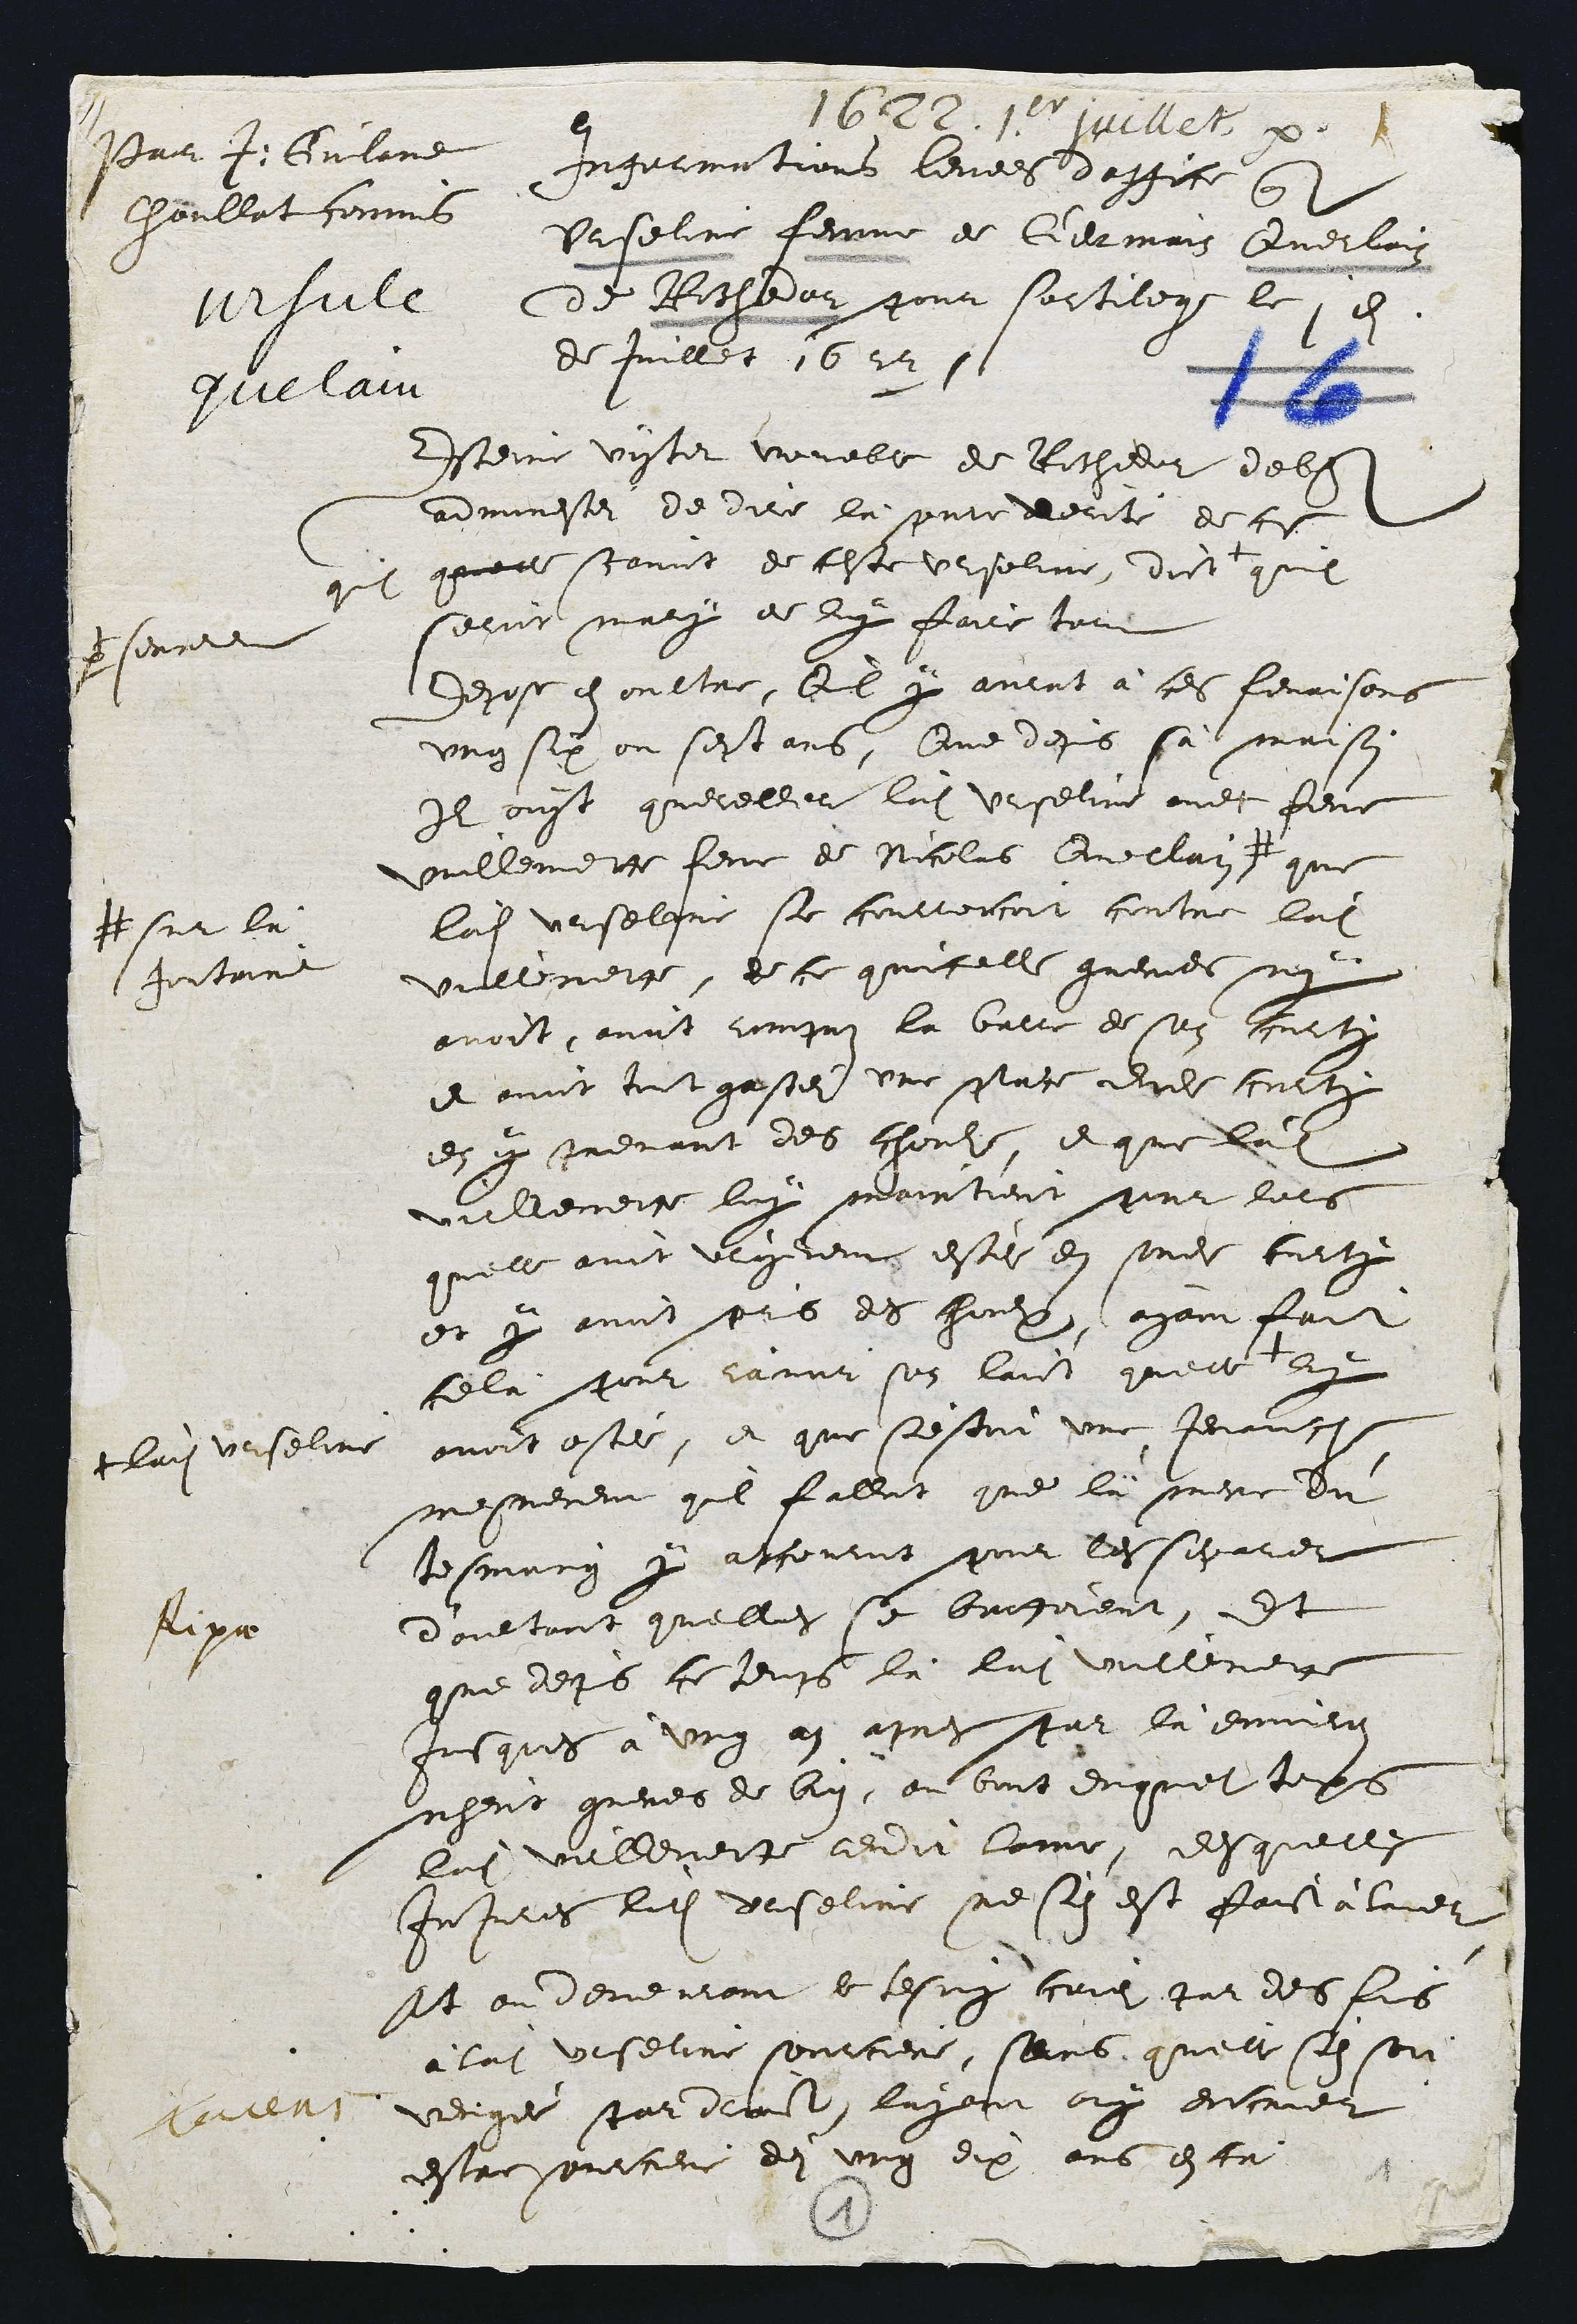
Pais J. Gulane
houllat commis
ursule
juelain

1622. 11r juillet
Ingerinntions levees deffite con
Urseline femme de Germais Querlain
de Richedar pour sortilege le 1d
de Juillet 1622.

Esterie vistet voueble de Richeder debs
adminestez de dire la presentedente de cs
qu quort scaviit de ceste Urseline, dict
prsonne
qul
Cornit mary de luy faice tout
depose en oultre, lil par avent à ces fenaisons
ung six ou sest ans, Que dejis sa maison
Il ouyt quereller lait Ursetine avec feue
Vuillemette femme de Nicolas Quellai #
# sur la
fontaine
que
ladite Urseline se couttertoit contre ladite
Villenette, de ce quicelle greves ne
avoit ovit compuz la baler de ses Fucts
et ouit tot gastez une place dudit crnte
en p menant des chonhs, et que laite
villeneit luy mantient pour los
quelle avit vegerens este en sondit turti
et y avoit pris des chaulx, ayant fait
cela pour camir sos laist quelte
+ lai verselin
et
avoit ostée, et que sestoit une jenante
mesnerent quiil fillat que la mene du
tesmung y atcournt poir les sigares
doultant quelles se brogoient, Et
que deps ce temps la lui vullemett
jusques à ung 9n ant pur la enven
nheus gueres de bi, ou boit duquel tops
lui vullemente edit lome, desquelle
Injuces ledit drseline ne si est faictalure
sit ou dereuront le tesmy coie, par des sus
alai Ursetine sourciere, sens, quelle sil son
vengér par deat layen oy encrier
estre ourciere de ung dix ans esta

Ripa

9
1